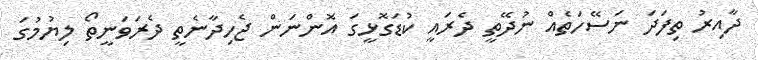
ދާއިރު ތިފަދަ ނަސޭހަތެއް ނުދޭތީ ދެރައީ ކުޑަގޮޅީގަ އޮންނަން ޖެހިދާނެތީ ދެރަވަނީތޯ ލިޔުމުގަ